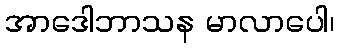
အာဒေါဘာသန မာလာပေါ၊